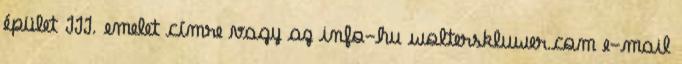
épület III. emelet címre vagy az info-hu wolterskluwer.com e-mail